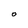
Character: O